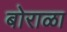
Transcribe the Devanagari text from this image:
बोराळा